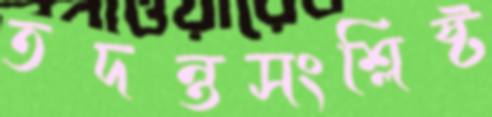
তদন্তসংশ্লিষ্ট